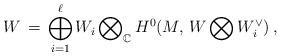
LaTeX: \begin{align*}W\,=\, \bigoplus_{i=1}^\ell W_i \bigotimes\nolimits_{\mathbb C}H^0(M,\, W\bigotimes W^\vee_i)\, ,\end{align*}